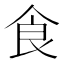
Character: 食